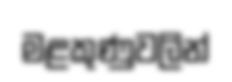
මළකුණුවලින්